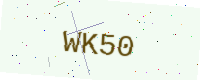
Text: WK50